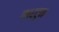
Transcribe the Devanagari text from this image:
कार्टुन